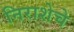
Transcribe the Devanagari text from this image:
निराशेचे